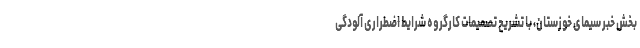
بخش خبر سیمای خوزستان، با تشریح تصمیمات کارگروه شرایط اضطراری آلودگی